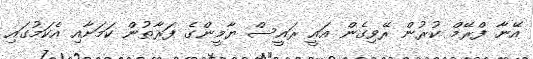
އޭނާ ފްރޭމް ކުރުން ރޭވިގެން އައީ ރައީސް ޔާމީންގެ ފަރާތުން ކަމަށާއި އެކަމުގައި